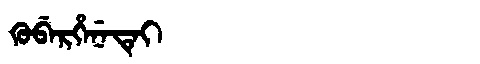
Manchu: ᡴᡠᠪᡝᡵᡥᡝᠨᡝᡨᡝᡳ
Romanization: KUBERHENETEI